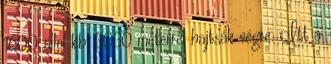
1600 öllel kb. 3030 méterrel hajtsák végre. Itt a